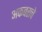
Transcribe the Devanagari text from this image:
अकबराचे